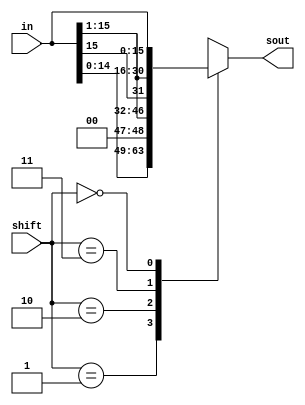
module shifter(in,shift,sout);
input [15:0] in;
input [1:0] shift;
output [15:0] sout;
reg [15:0] sout;

always@(*) begin
//shifting the input according to shift
	case(shift)
		{2'b01}: {sout}={in[14:0], 1'b0};
		{2'b10}: {sout}={1'b0, in[15:1]};
		{2'b11}: {sout}={in[15], in[15:1]};
		{2'b00}: sout = in;
		default: sout = {16{1'bx}};
	endcase
end
// fill out the rest
endmodule